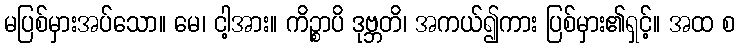
မပြစ်မှားအပ်သော။ မေ၊ ငါ့အား။ ကိဉ္စာပိ ဒုဗ္ဘတိ၊ အကယ်၍ကား ပြစ်မှား၏ရှင့်။ အထ စ